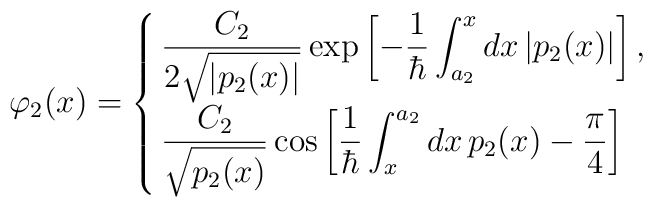
\varphi_2(x)=\cases{   \displaystyle   {C_2\over2\sqrt{|p_2(x)|}}   \exp\left[-{1\over\hbar}\int_{a_2}^xdx\,|p_2(x)|\right],\cr   \displaystyle   {C_2\over\sqrt{p_2(x)}}   \cos\left[{1\over\hbar}\int_x^{a_2}dx\,p_2(x)   -{\pi\over4}\right]\cr}